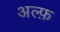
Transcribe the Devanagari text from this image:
अल्फ़